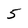
Character: 5